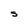
Character: S